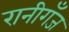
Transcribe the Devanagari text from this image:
रानीगँज